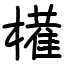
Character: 𫞐